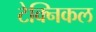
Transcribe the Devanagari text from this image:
टेक्‍निकल